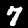
Digit: 7